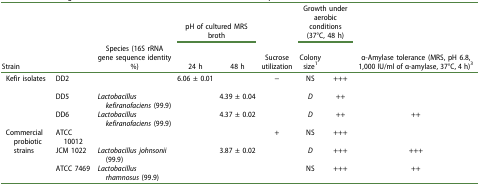
<table><thead><tr><td colspan="2">[EMPTY_CELL]</td><td>[EMPTY_CELL]</td><td colspan="2"><b>pH of cultured MRS broth</b></td><td>[EMPTY_CELL]</td><td colspan="2"><b>Growth under aerobic conditions (37°C, 48 h)</b></td><td>[EMPTY_CELL]</td></tr><tr><td colspan="2"><b>Strain</b></td><td><b>Species (16S rRNA gene sequence identity %)</b></td><td><b>24 h</b></td><td><b>48 h</b></td><td><b>Sucrose utilization</b></td><td><b>Colony size<sup>1</sup></b></td><td>[EMPTY_CELL]</td><td><b>α-Amylase tolerance (MRS, pH 6.8, 1,000 IU/ml of α-amylase, 37°C, 4 h)<sup>3</sup></b></td></tr></thead><tbody><tr><td rowspan="3">Kefir isolates</td><td>DD2</td><td>[EMPTY_CELL]</td><td>6.06 ± 0.01</td><td>[EMPTY_CELL]</td><td>−</td><td>NS</td><td>+++</td><td>[EMPTY_CELL]</td></tr><tr><td>DD5</td><td><i>Lactobacillus kefiranofaciens</i> (99.9)</td><td>[EMPTY_CELL]</td><td>4.39 ± 0.04</td><td>[EMPTY_CELL]</td><td><i>D</i></td><td>++</td><td>[EMPTY_CELL]</td></tr><tr><td>DD6</td><td><i>Lactobacillus kefiranofaciens</i> (99.9)</td><td>[EMPTY_CELL]</td><td>4.37 ± 0.02</td><td>[EMPTY_CELL]</td><td><i>D</i></td><td>++</td><td>++</td></tr><tr><td rowspan="3">Commercial probiotic strains</td><td>ATCC 10012</td><td>[EMPTY_CELL]</td><td>[EMPTY_CELL]</td><td>[EMPTY_CELL]</td><td>+</td><td>NS</td><td>+++</td><td>[EMPTY_CELL]</td></tr><tr><td>JCM 1022</td><td><i>Lactobacillus johnsonii</i> (99.9)</td><td>[EMPTY_CELL]</td><td>3.87 ± 0.02</td><td>[EMPTY_CELL]</td><td><i>D</i></td><td>+++</td><td>+++</td></tr><tr><td>ATCC 7469</td><td><i>Lactobacillus rhamnosus</i> (99.9)</td><td>[EMPTY_CELL]</td><td>[EMPTY_CELL]</td><td>[EMPTY_CELL]</td><td>NS</td><td>+++</td><td>++</td></tr></tbody></table>